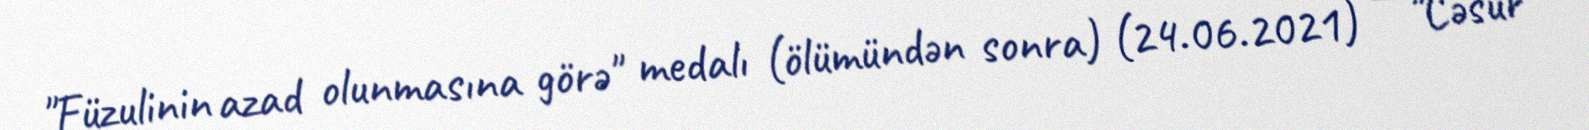
"Füzulinin azad olunmasına görə" medalı (ölümündən sonra) (24.06.2021) — "Cəsur